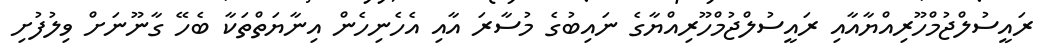
ރައީސުލްޖުމްހޫރިއްޔާއާއި ރައީސުލްޖުމްހޫރިއްޔާގެ ނައިބުގެ މުސާރަ އާއި އެހެނިހެން އިނާޔަތްތަކާ ބެހޭ ގާނޫނަށް ވިލުފުށި